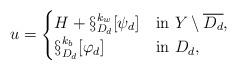
LaTeX: \begin{align*}u=\begin{cases}H + \S_{D_d}^{k_w}[\psi_d] &\mbox{in } Y\setminus \overline{D_d},\\\S_{D_d}^{k_b}[\varphi_d] &\mbox{in } D_d,\end{cases}\end{align*}